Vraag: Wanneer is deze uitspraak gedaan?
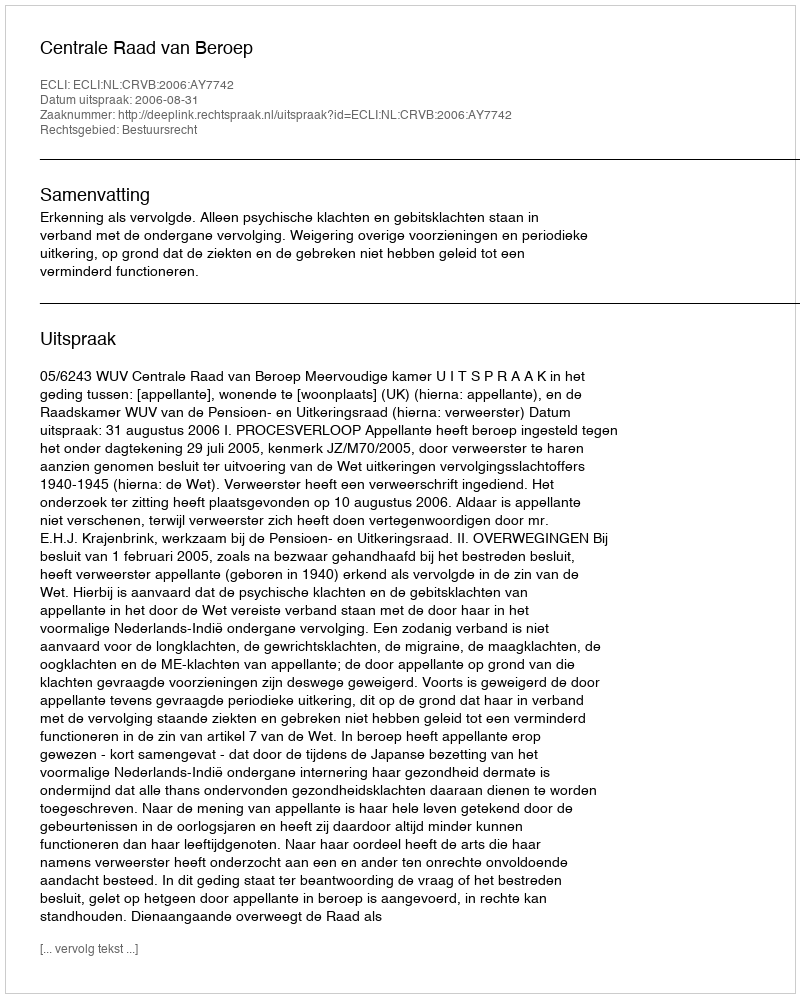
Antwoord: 2006-08-31